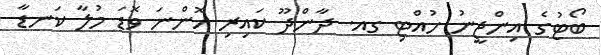
ބޯޓުގެ އިންޖީނު ހުއްޓި ގއ. ދާންދޫ ކައިރި އޮންނަ ވޮޑަ މުލާ ކަނޑާ